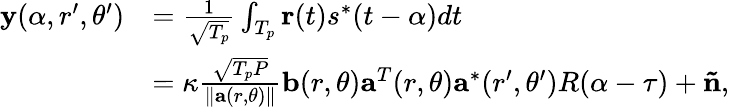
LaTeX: \begin{array}{rl}{{\mathbf{y}}(\alpha,r^{\prime},\theta^{\prime})}&{=\frac{1}{{\sqrt{T_{p}}}}\int_{{T_{p}}}{{\mathbf{r}}(t){s^{*}}(t-\alpha)}dt}\\ &{=\kappa\frac{{\sqrt{{T_{p}}P}}}{{\| {{\mathbf{a}}(r,\theta)}\| }}{\mathbf{b}}(r,\theta){{\mathbf{a}}^{T}}(r,\theta){{\mathbf{a}}^{*}}(r^{\prime},\theta^{\prime})R(\alpha-\tau)+{\mathbf{\tilde{n}}},}\end{array}